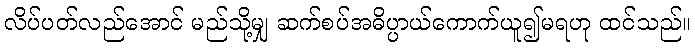
လိပ်ပတ်လည်အောင် မည်သို့မျှ ဆက်စပ်အဓိပ္ပာယ်ကောက်ယူ၍မရဟု ထင်သည်။